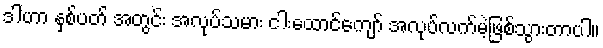
ဒါဟာ နှစ်ပတ် အတွင်း အလုပ်သမား ငါးထောင်ကျော် အလုပ်လက်မဲ့ဖြစ်သွားတာပါ။